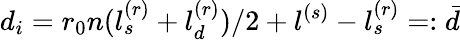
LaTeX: d_{i}=r_{0}n(l_{s}^{(r)}+l_{d}^{(r)})/2+l^{(s)}-l_{s}^{(r)}=:\bar{d}